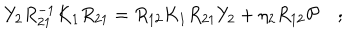
Y _ { 2 } R _ { 2 1 } ^ { - 1 } K _ { 1 } R _ { 2 1 } = R _ { 1 2 } K _ { 1 } R _ { 2 1 } Y _ { 2 } + \eta _ { 2 } R _ { 1 2 } { \cal P } \quad ; \,